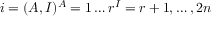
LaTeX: i = ( A , I ) \sp A = 1 \ldots r \sp I = r + 1 , \ldots , 2 n